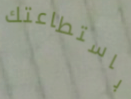
باستطاعتك